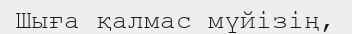
Шыға қалмас мүйізің,